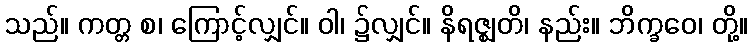
သည်။ ကတ္တ စ၊ ကြောင့်လျှင်။ ဝါ၊ ၌လျှင်။ နိရဇ္ဈတိ၊ နည်း။ ဘိက္ခဝေ၊ တို့။